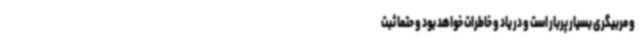
و مربیگری بسیار پربار است و در یاد و خاطرات خواهد بود و حتما ثبت